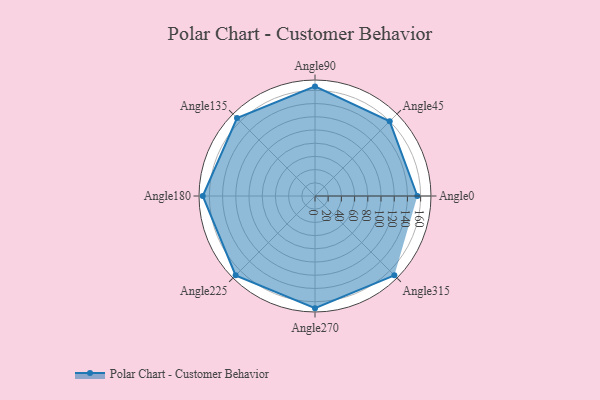
{"axis": {"x": "Angle", "y": "Radius"}, "legend": [""], "data": [{"x": "Angle0", "y": 155.0, "type": ""}, {"x": "Angle45", "y": 160.0, "type": ""}, {"x": "Angle90", "y": 166.0, "type": ""}, {"x": "Angle135", "y": 167.0, "type": ""}, {"x": "Angle180", "y": 170, "type": ""}, {"x": "Angle225", "y": 170, "type": ""}, {"x": "Angle270", "y": 170, "type": ""}, {"x": "Angle315", "y": 170, "type": ""}]}